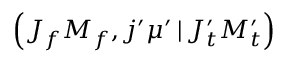
\left( J _ { f } M _ { f } , j ^ { \prime } \mu ^ { \prime } \, | \, J _ { t } ^ { \prime } M _ { t } ^ { \prime } \right)